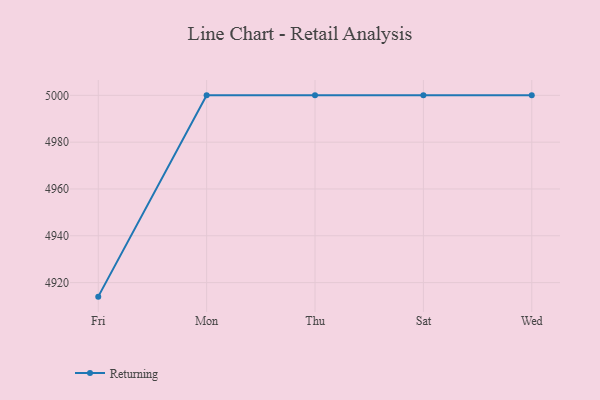
{"axis": {"x": "Day", "y": "Churn Rate (%)"}, "legend": ["Returning"], "data": [{"x": "Fri", "y": 4914.0, "type": "Returning"}, {"x": "Mon", "y": 5000, "type": "Returning"}, {"x": "Thu", "y": 5000, "type": "Returning"}, {"x": "Sat", "y": 5000, "type": "Returning"}, {"x": "Wed", "y": 5000, "type": "Returning"}]}